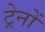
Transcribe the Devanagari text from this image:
ट्रेनोँ